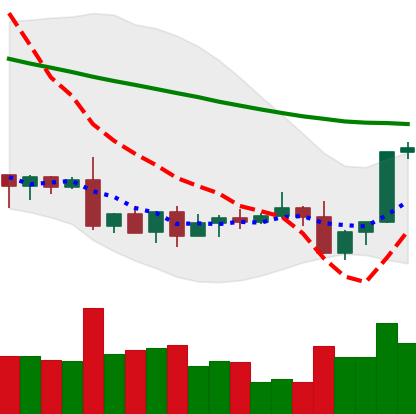
Ticker: XLM-USD
Chart end date: 2022-09-10
Forward return: -11.195%
Label: down_7plus